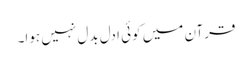
قرآن میں کوئی ادل بدل نہیں ہوا۔